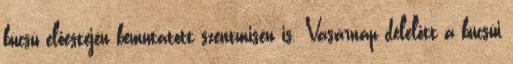
búcsú előestéjén bemutatott szentmisén is. Vasárnap délelőtt a búcsúi